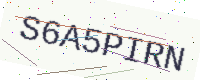
Text: S6A5PIRN